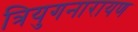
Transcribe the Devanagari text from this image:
त्रियुगनारायण